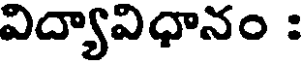
విద్యావిధానం :